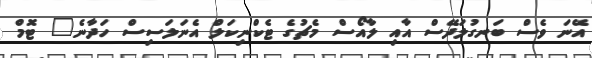
އޭނަ ވެސް ބަނގުލަދޭސް އާއި ލާއޯސް މެޗުގެ ޓެކްނިކަލް އެނަލަސިސް ހަދާނެ" ޓޮމް